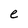
Character: e